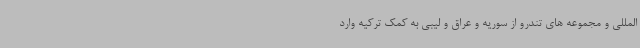
المللی و مجموعه های تندرو از سوریه و عراق و لیبی به کمک ترکیه وارد